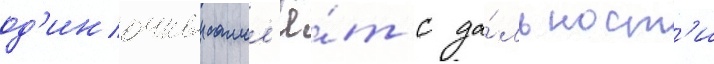
од'иночныи самол'ё́т с да́льност'и